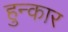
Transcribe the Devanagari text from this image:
हुन्कार